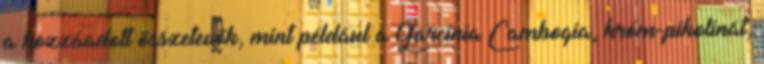
a hozzáadott összetevők, mint például a Garcinia Cambogia, króm-pikolinát,